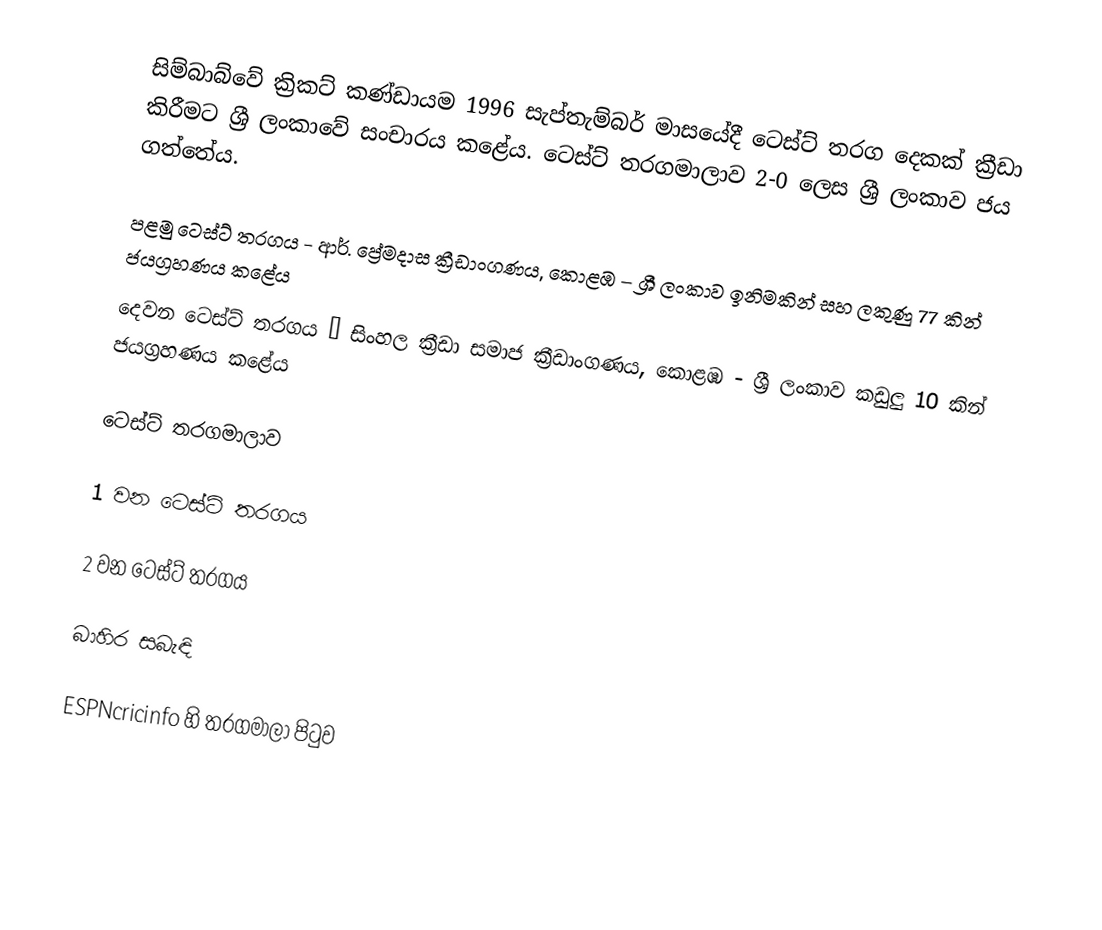
සිම්බාබ්වේ ක්‍රිකට් කණ්ඩායම 1996 සැප්තැම්බර් මාසයේදී ටෙස්ට් තරග දෙකක් ක්‍රීඩා කිරීමට ශ්‍රී ලංකාවේ සංචාරය කළේය. ටෙස්ට් තරගමාලාව 2-0 ලෙස ශ්‍රී ලංකාව ජය ගත්තේය.

 පළමු ටෙස්ට් තරගය - ආර්. ප්‍රේමදාස ක්‍රීඩාංගණය, කොළඹ – ශ්‍රී ලංකාව ඉනිමකින් සහ ලකුණු 77 කින් ජයග්‍රහණය කළේය
 දෙවන ටෙස්ට් තරගය  – සිංහල ක්‍රීඩා සමාජ ක්‍රීඩාංගණය, කොළඹ - ශ්‍රී ලංකාව කඩුලු 10 කින් ජයග්‍රහණය කළේය

ටෙස්ට් තරගමාලාව

1 වන ටෙස්ට් තරගය

2 වන ටෙස්ට් තරගය

බාහිර සබැඳි

 ESPNcricinfo හි තරගමාලා පිටුව